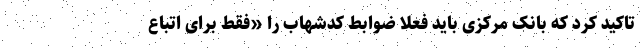
تاکید کرد که بانک مرکزی باید فعلاً ضوابط کدشهاب را «فقط برای اتباع